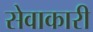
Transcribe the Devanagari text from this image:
सेवाकारी